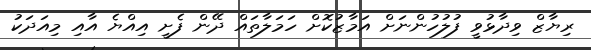
ރިޔާޒް ވިދާޅުވީ ފުލުހުންނަށް އަމާޒުކޮށް ހަމަލާތައް ދޭން ފެށީ އިއްޔެ އާއި މިއަދަކު